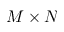
M \times N